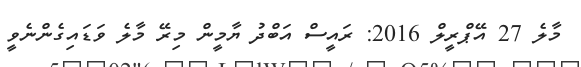
މާލެ 27 އޭޕްރީލް 2016: ރައީސް އަބްދު ޔާމީން މިރޭ މާލެ ވަޑައިގެންނެވީ